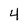
Character: 4